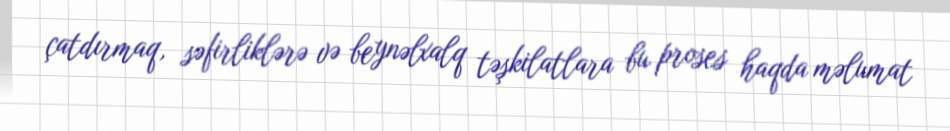
çatdırmaq, səfirliklərə və beynəlxalq təşkilatlara bu proses haqda məlumat